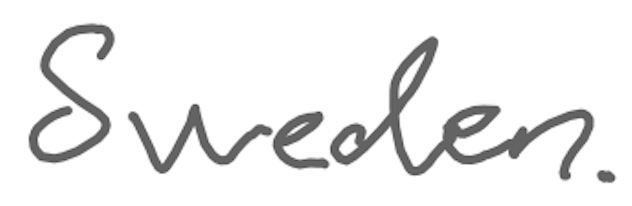
Text: Sweden.
Cross-out: clean
Writing tool: digital_gray